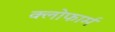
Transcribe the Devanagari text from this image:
क्लोफार्म